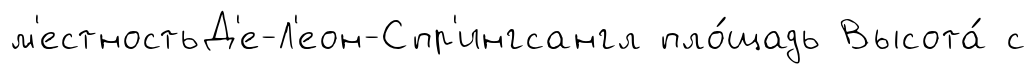
м'естностьД'е-Л'еон-Спр'ингсангл пло́щадь Высота́ с